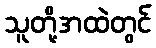
သူတို့အထဲတွင်